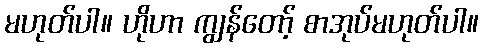
မဟုတ်ပါ။ ဟိုဟာ ကျွန်တော့် စာအုပ်မဟုတ်ပါ။